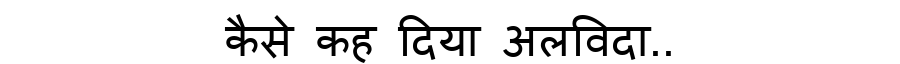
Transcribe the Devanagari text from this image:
कैसे कह दिया अलविदा..